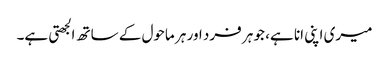
میری اپنی انا ہے، جو ہر فرد اور ہر ماحول کے ساتھ الجھتی ہے۔